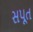
સપૂત